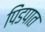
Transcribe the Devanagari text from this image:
पिंडपात